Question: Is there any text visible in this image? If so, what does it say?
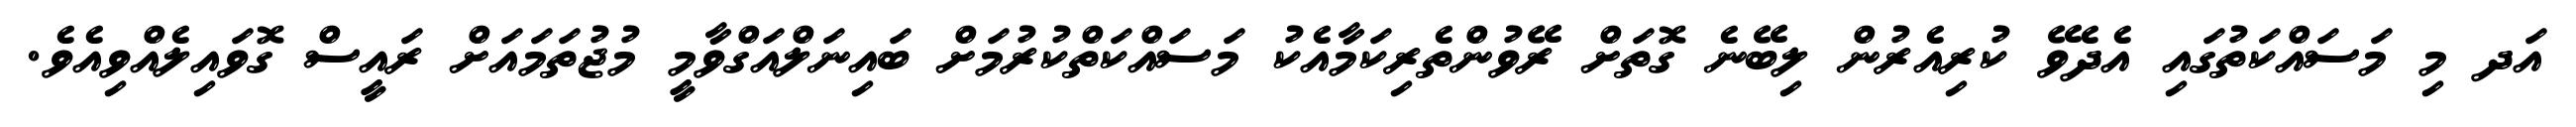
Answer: އަދ މި މަސައްކަތުގައި އެދެވޭ ކުރިއެރުން ލިބޭނެ ގޮތަށް ރޭވުންތެރިކަމާއެކު މަސައްކަތްކުރުމަށް ބައިނަލްއަގްވާމީ މުޖުތަމައަށް ރައީސް ގޮވައިލެއްވިއެވެ.